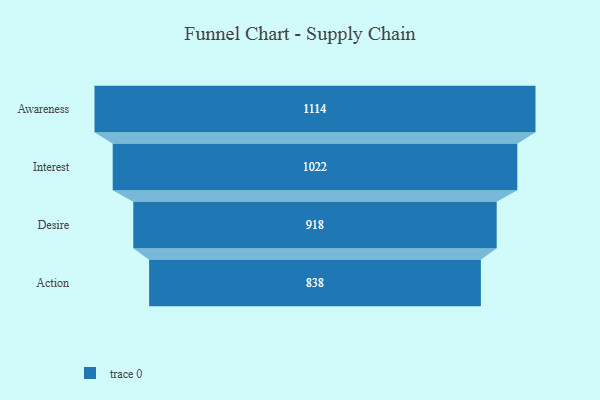
{"axis": {"x": "Stage", "y": "Value"}, "legend": [""], "data": [{"x": "Awareness", "y": 1114.0, "type": ""}, {"x": "Interest", "y": 1022.0, "type": ""}, {"x": "Desire", "y": 918.0, "type": ""}, {"x": "Action", "y": 838.0, "type": ""}]}